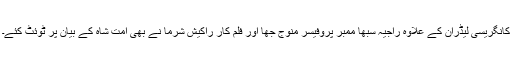
کانگریسی لیڈران کے علاوہ راجیہ سبھا ممبر پروفیسر منوج جھا اور فلم کار راکیش شرما نے بھی امت شاہ کے بیان پر ٹوئٹ کئے۔